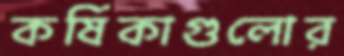
কর্ষিকাগুলোর